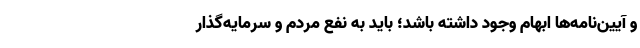
و آیین‌نامه‌ها ابهام وجود داشته باشد؛ باید به نفع مردم و سرمایه‌گذار